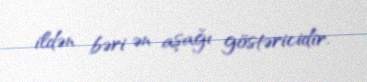
ildən bəri ən aşağı göstəricidir.